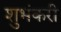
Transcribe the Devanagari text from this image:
शुभंकरी